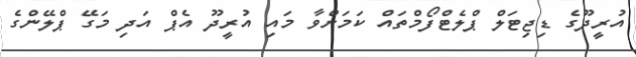
އުރީދޫގެ ޑިޖިޓަލް ޕްލެޓްފޯމްތައް ކަމަށްވާ މައި އުރީދޫ އެޕް އަދި މަގޭ ޕްލޭންގެ